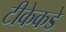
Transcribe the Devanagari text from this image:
टीकेकडे